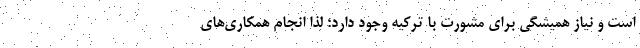
است و نیاز همیشگی برای مشورت با ترکیه وجود دارد؛ لذا انجام همکاری‌های